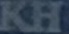
KH